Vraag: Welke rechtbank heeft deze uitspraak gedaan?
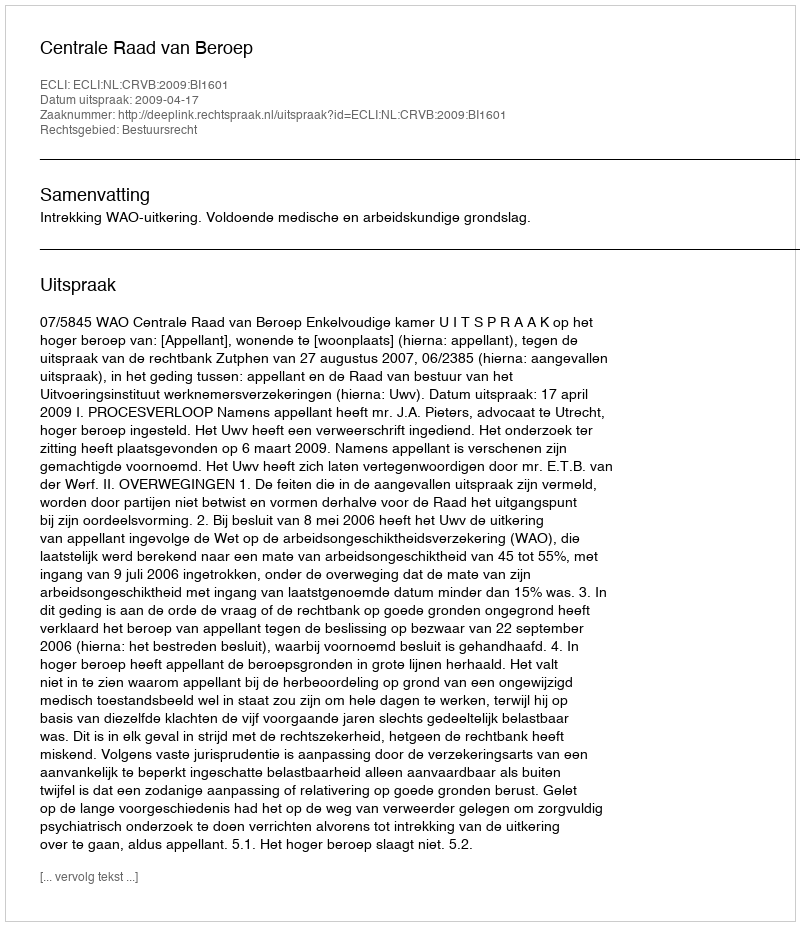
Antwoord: Centrale Raad van Beroep